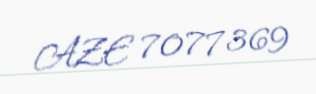
AZE 7077369